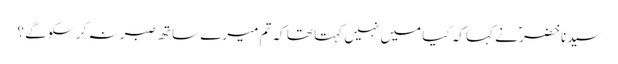
سیدنا خضرؑ نے کہا کہ کیا میں نہیں کہتا تھا کہ تم میرے ساتھ صبر نہ کر سکو گے ؟